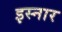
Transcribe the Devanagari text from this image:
इस्नार